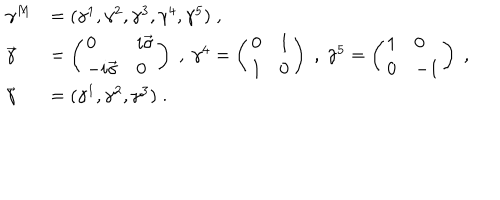
\begin{array} { l l } { { \gamma ^ { M } } } & { { = ( \gamma ^ { 1 } , \gamma ^ { 2 } , \gamma ^ { 3 } , \gamma ^ { 4 } , \gamma ^ { 5 } ) \; , } } \\ { { \vec { \gamma } } } & { { = \left( \begin{array} { l l } { { 0 } } & { { i \vec { \sigma } } } \\ { { - i \vec { \sigma } } } & { { 0 } } \\ \end{array} \right) \; , \ \gamma ^ { 4 } = \left( \begin{array} { l l } { { 0 } } & { { 1 } } \\ { { 1 } } & { { 0 } } \\ \end{array} \right) \; , \ \gamma ^ { 5 } = \left( \begin{array} { l l } { { 1 } } & { { 0 } } \\ { { 0 } } & { { - 1 } } \\ \end{array} \right) \; , } } \\ { { \vec { \gamma } } } & { { = ( \gamma ^ { 1 } , \gamma ^ { 2 } , \gamma ^ { 3 } ) \; . } } \\ \end{array}